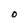
Character: O